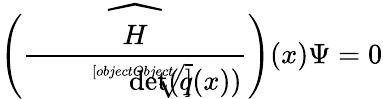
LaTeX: {\widehat{\left({\frac{H}{\sqrt[[objectObject]]{\operatorname*{det}(q(x))}}}\right)}}(x)\Psi=0